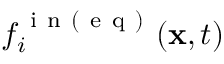
f _ { i } ^ { \mathrm { ~ i ~ n ~ ( ~ e ~ q ~ ) ~ } } ( \mathbf { x } , t )